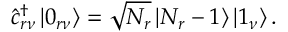
\hat { c } _ { r \nu } ^ { \dagger } \left| 0 _ { r \nu } \right> = \sqrt { N _ { r } } \left| N _ { r } - 1 \right> \left| 1 _ { \nu } \right> .